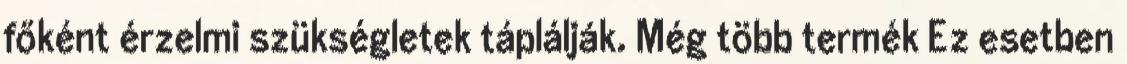
főként érzelmi szükségletek táplálják. Még több termék Ez esetben